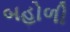
બહોળી